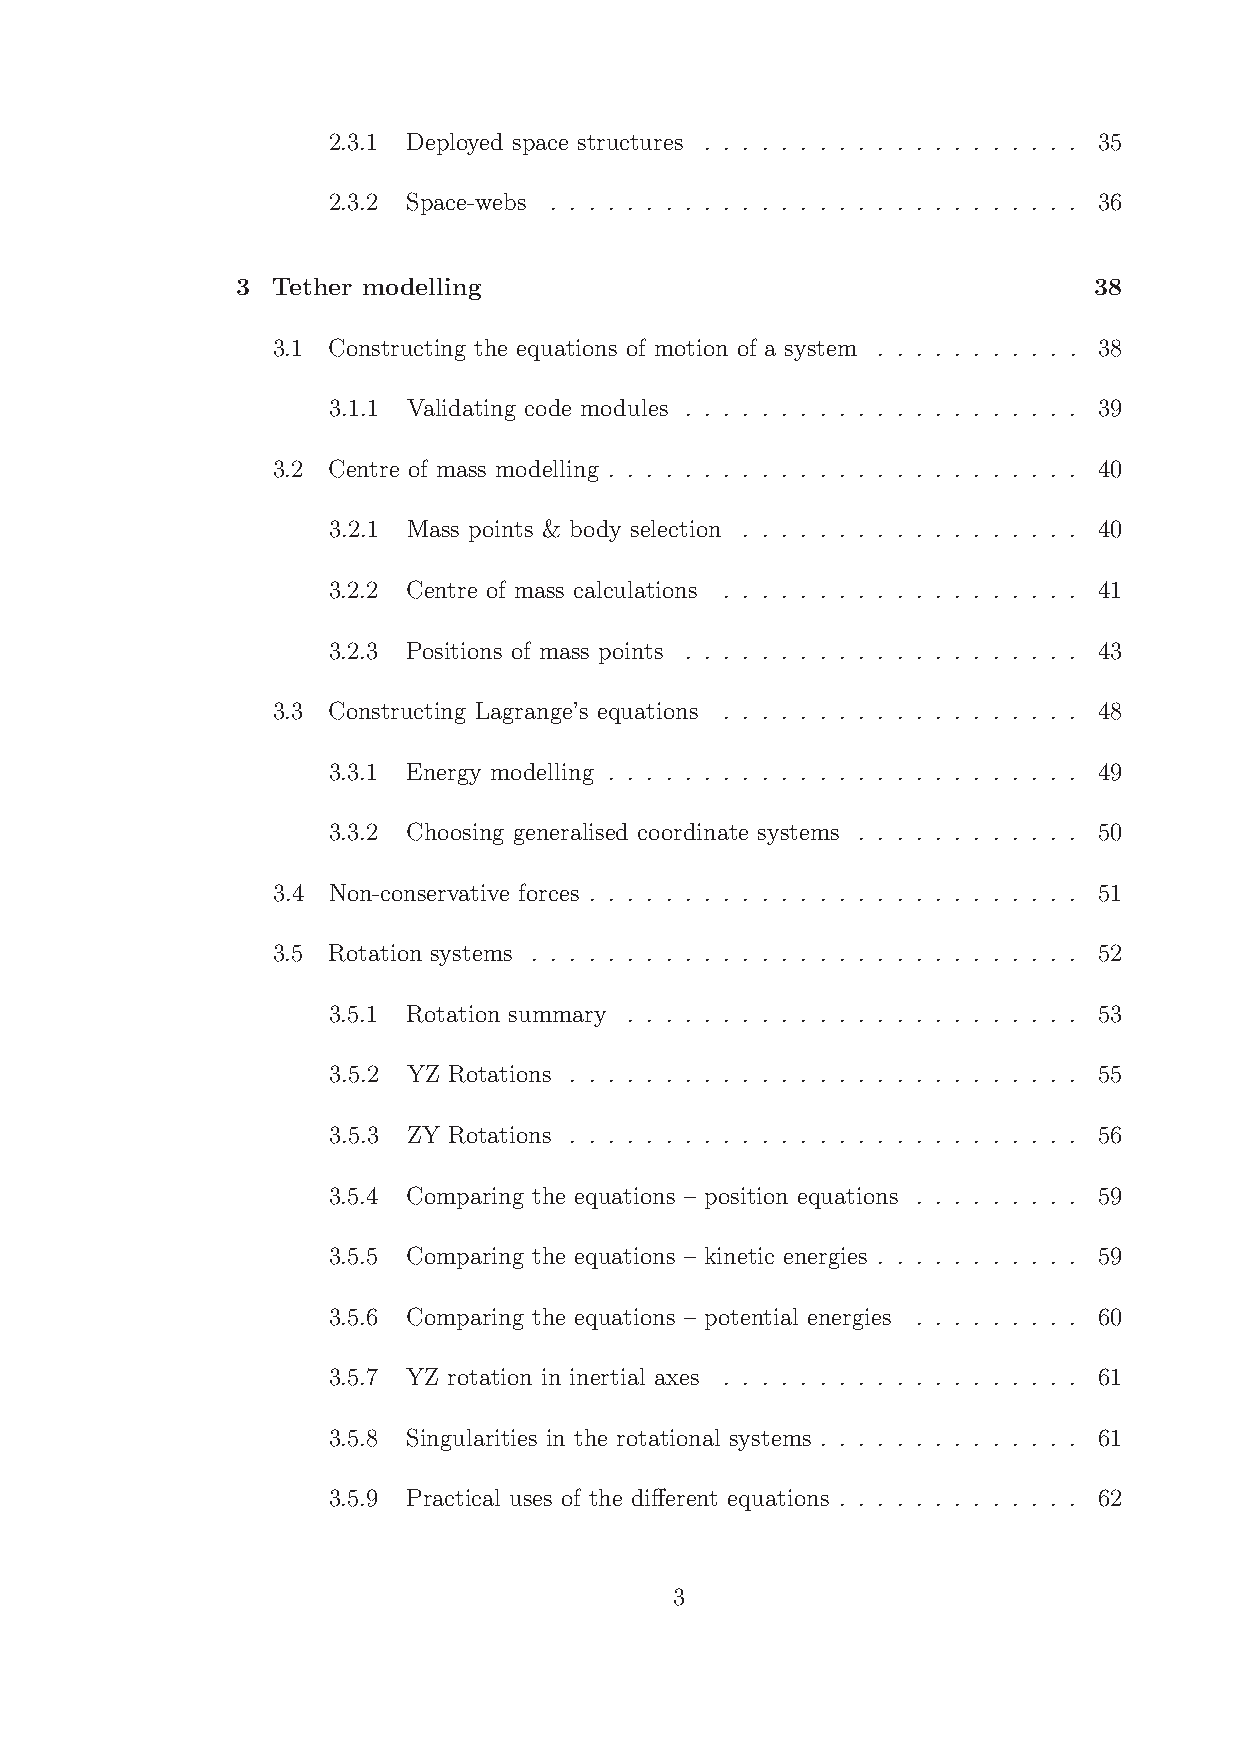
2.3.1 Deployed space structures . . . . . . . . . . . . . . . . . . . . 35
 2.3.2 Space-webs . . . . . . . . . . . . . . . . . . . . . . . . . . . . 36
 3 Tether modelling                                      38
 3.1 Constructing the equations of motion of a system . . . . . . . . . . . 38
 3.1.1 Validating code modules . . . . . . . . . . . . . . . . . . . . . 39
 3.2 Centre of mass modelling . . . . . . . . . . . . . . . . . . . . . . . . . 40
 3.2.1 Mass points & body selection . . . . . . . . . . . . . . . . . . 40
 3.2.2 Centre of mass calculations . . . . . . . . . . . . . . . . . . . 41
 3.2.3 Positions of mass points . . . . . . . . . . . . . . . . . . . . . 43
 3.3 Constructing Lagrange’s equations . . . . . . . . . . . . . . . . . . . 48
 3.3.1 Energy modelling . . . . . . . . . . . . . . . . . . . . . . . . . 49
 3.3.2 Choosing generalised coordinate systems . . . . . . . . . . . . 50
 3.4 Non-conservative forces . . . . . . . . . . . . . . . . . . . . . . . . . . 51
 3.5 Rotation systems . . . . . . . . . . . . . . . . . . . . . . . . . . . . . 52
 3.5.1 Rotation summary . . . . . . . . . . . . . . . . . . . . . . . . 53
 3.5.2 YZ Rotations . . . . . . . . . . . . . . . . . . . . . . . . . . . 55
 3.5.3 ZY Rotations . . . . . . . . . . . . . . . . . . . . . . . . . . . 56
 3.5.4 Comparing the equations – position equations . . . . . . . . . 59
 3.5.5 Comparing the equations – kinetic energies . . . . . . . . . . . 59
 3.5.6 Comparing the equations – potential energies . . . . . . . . . 60
 3.5.7 YZ rotation in inertial axes . . . . . . . . . . . . . . . . . . . 61
 3.5.8 Singularities in the rotational systems . . . . . . . . . . . . . . 61
 3.5.9 Practical uses of the different equations . . . . . . . . . . . . . 62
 3